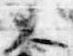
大